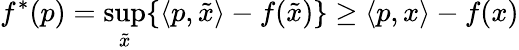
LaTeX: f^{*}(p)=\operatorname*{sup}_{\tilde{x}}\{ \langle p,{\tilde{x}}\rangle-f({\tilde{x}})\} \geq\langle p,x\rangle-f(x)